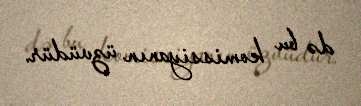
də bu komissiyanın üzvüdür.